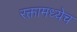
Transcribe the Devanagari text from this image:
रक्तामध्येच